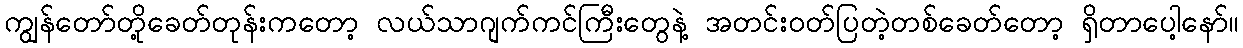
ကျွန်တော်တို့ခေတ်တုန်းကတော့ လယ်သာဂျက်ကင်ကြီးတွေနဲ့ အတင်းဝတ်ပြတဲ့တစ်ခေတ်တော့ ရှိတာပေါ့နော်။